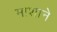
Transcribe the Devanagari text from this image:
माशाने